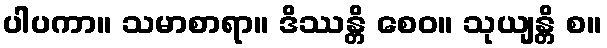
ပါပကာ။ သမာစာရာ။ ဒိဿန္တိ စေဝ။ သုယျန္တိ စ။